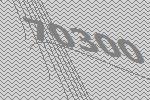
70300